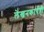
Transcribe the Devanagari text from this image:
लेखनकार्यही